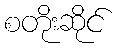
စတိုးဆိုင်